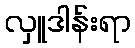
လှူဒါန်းရာ